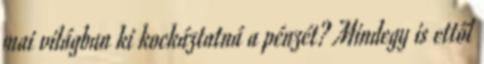
mai világban ki kockáztatná a pénzét? Mindegy is ettől